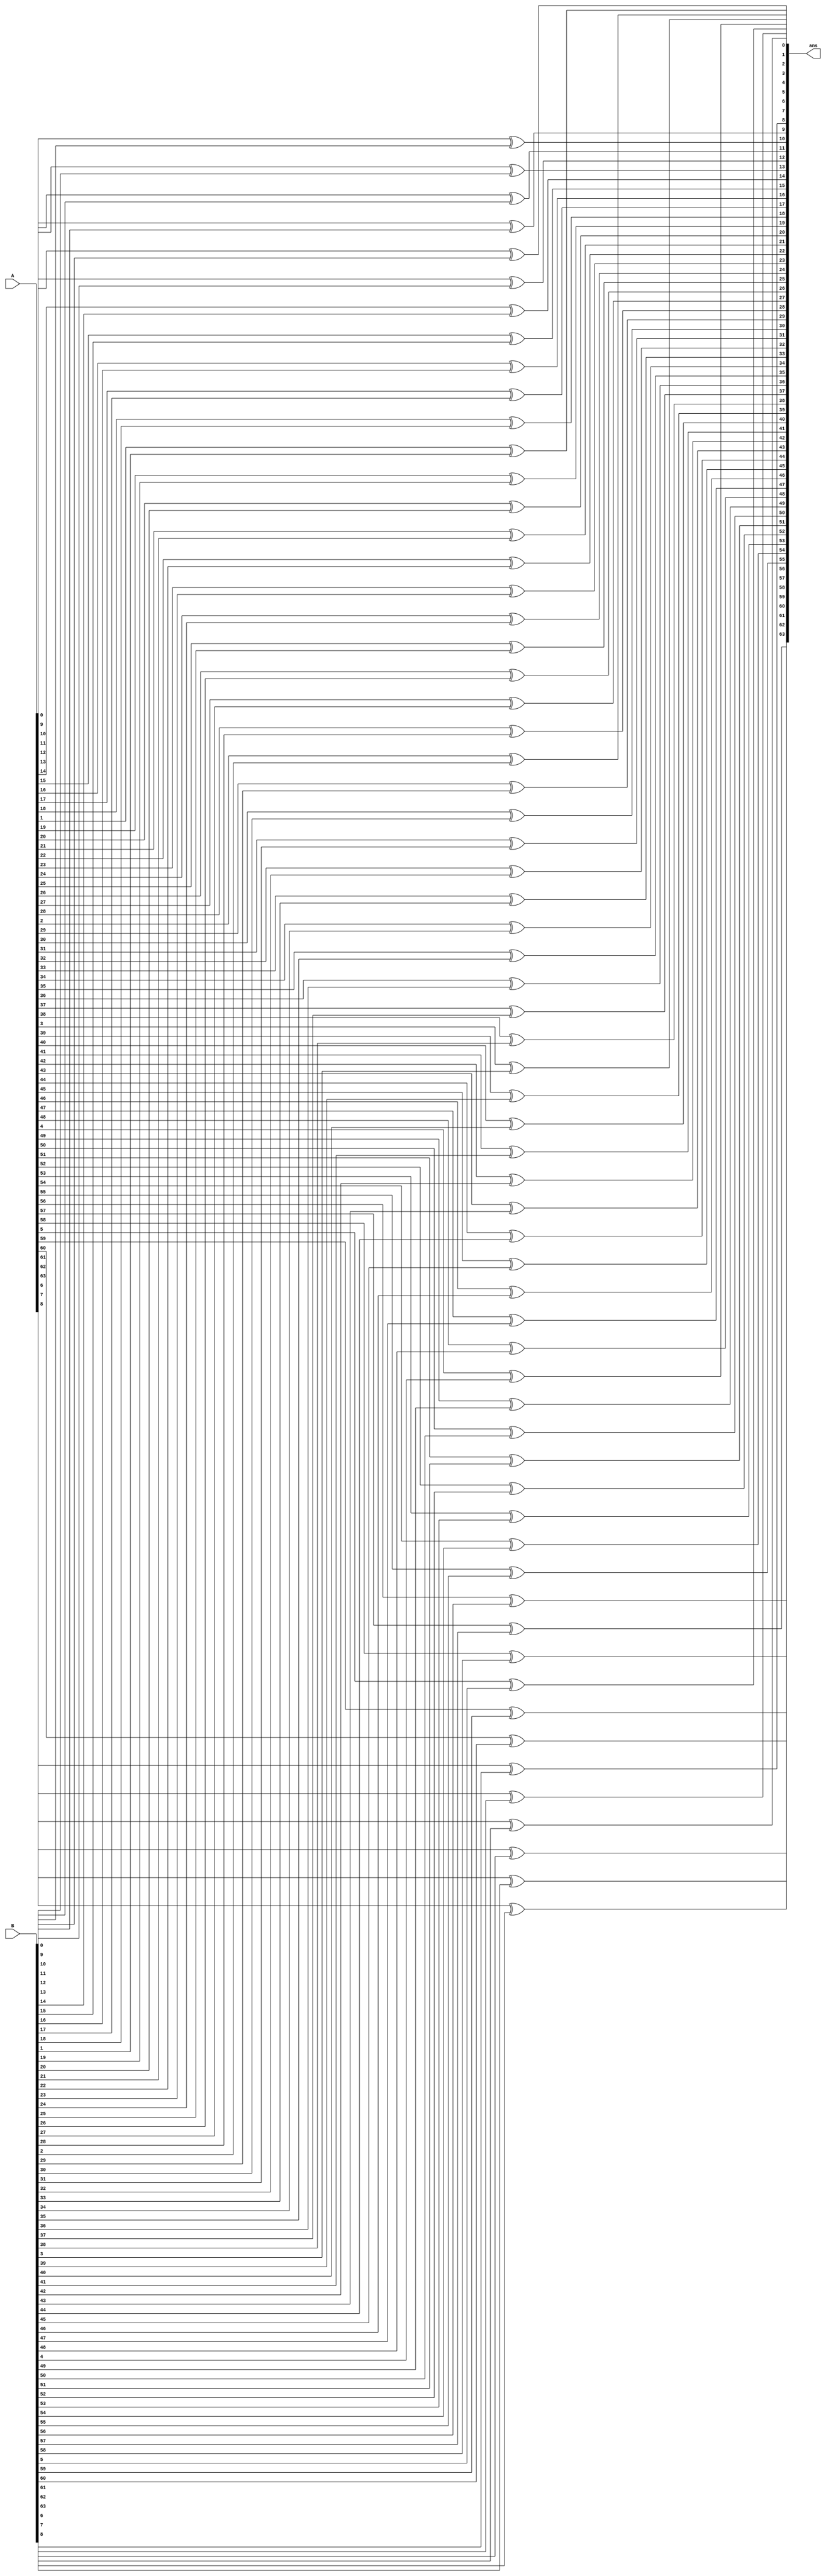
module xor_block(
    input [63:0]A,
    input [63:0]B,
    output [63:0]ans
);

genvar i;

generate for(i=0;i<64;i=i+1)
begin
    xor(ans[i],A[i],B[i]);
end
endgenerate

endmodule